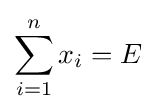
\sum _{i=1}^{n}x_{i}=E